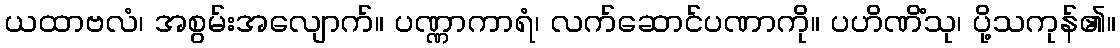
ယထာဗလံ၊ အစွမ်းအလျောက်။ ပဏ္ဏာကာရံ၊ လက်ဆောင်ပဏာကို။ ပဟိဏိံသု၊ ပို့သကုန်၏။